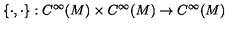
\{ \cdot , \cdot \} : C ^ { \infty } ( M ) \times C ^ { \infty } ( M ) \to C ^ { \infty } ( M )